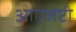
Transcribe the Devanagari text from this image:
आएजेप्टी